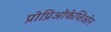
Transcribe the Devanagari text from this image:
प्रोप्रिओकेप्तिओन